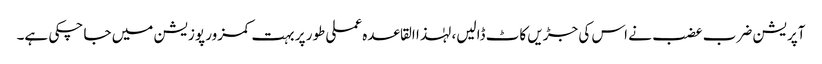
آپریشن ضرب عضب نے اس کی جڑیں کاٹ ڈالیں، لہٰذا القاعدہ عملی طور پر بہت کمزور پوزیشن میں جا چکی ہے۔